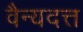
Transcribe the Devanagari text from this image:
वैन्यदत्त